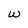
Character: w